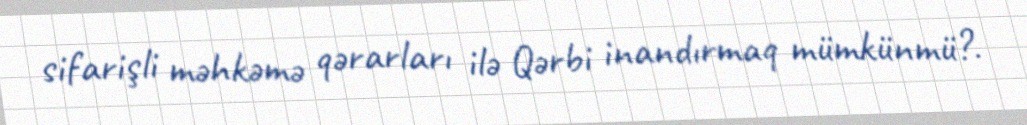
sifarişli məhkəmə qərarları ilə Qərbi inandırmaq mümkünmü?.